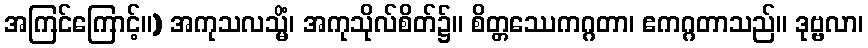
အကြင်ကြောင့်။) အကုသလသ္မိံ၊ အကုသိုလ်စိတ်၌။ စိတ္တဿေကဂ္ဂတာ၊ ဧကဂ္ဂတာသည်။ ဒုဗ္ဗလာ၊